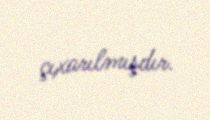
çıxarılmışdır.